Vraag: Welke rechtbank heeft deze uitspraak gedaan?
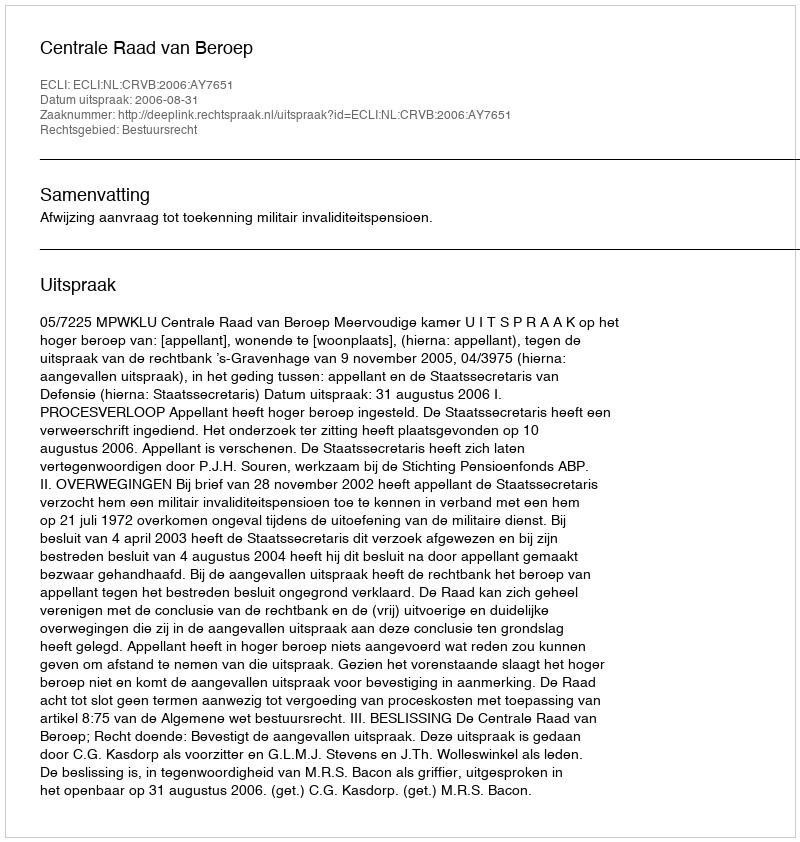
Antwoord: Centrale Raad van Beroep